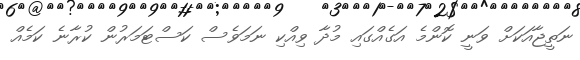
ނަތީޖާއަކަށް ވަނީ ކޮންމެ އަގެއްގައި މުދާ ވިއްކި ނަމަވެސް ކަސްޓަމަރުން ކުރާނެ ކަމެއް